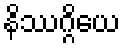
နိဿဂ္ဂိယေ